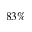
8 3 \%